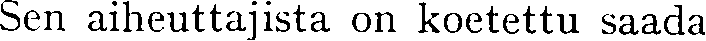
Sen aiheuttajista on koetettu saada